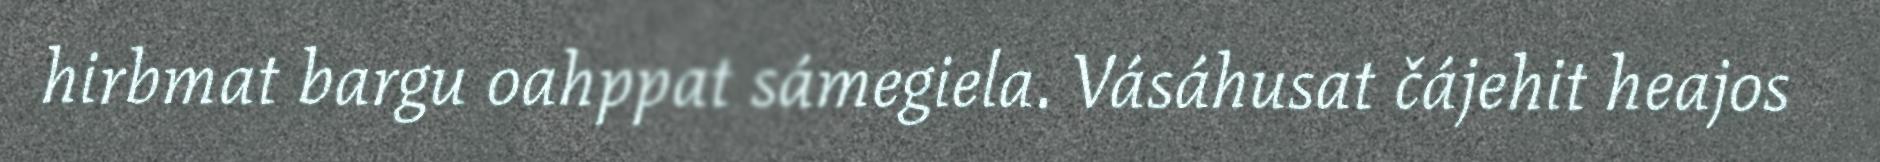
hirbmat bargu oahppat sámegiela. Vásáhusat čájehit heajos